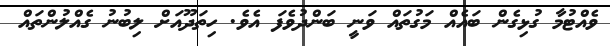
ވެއްޓުމާ ގުޅިގެން ބައެއް މަގުތައް ވަނީ ބަންދުވެފަ އެވެ. ހިތަދޫއަށް ލިބުނު ގެއްލުންތައް